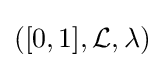
([0,1],{\mathcal {L}},\lambda )